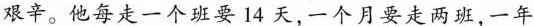
艰辛。他每走一个班要14天，一个月要走两班，一年